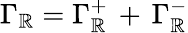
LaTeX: \Gamma_{\mathbb{R}}=\Gamma_{\mathbb{R}}^{+}\, +\, \Gamma_{\mathbb{R}}^{-}